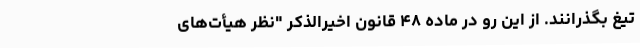
تیغ بگذرانند. از این رو در ماده ۴۸ قانون اخیرالذکر "نظر هیأت‌های